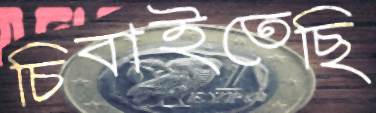
চিবাইতেছি